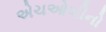
એચઓબીનો